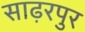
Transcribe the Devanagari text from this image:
साढ़रपुर